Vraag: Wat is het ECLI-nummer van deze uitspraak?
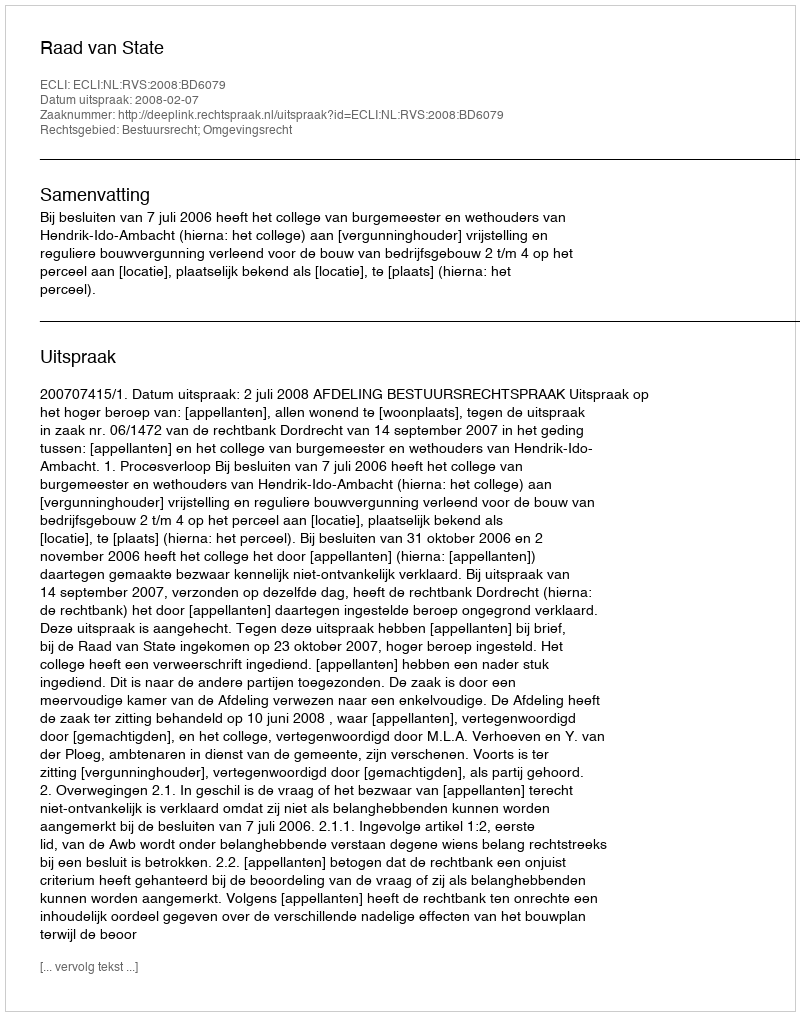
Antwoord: ECLI:NL:RVS:2008:BD6079